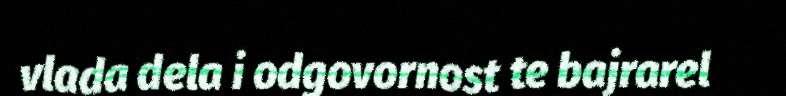
vlada dela i odgovornost te bajrarel